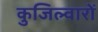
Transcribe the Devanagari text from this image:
कुजिल्वारों